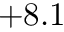
+ 8 . 1